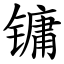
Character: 镛